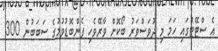
އެ ސްޓޭޓުގައި ހަމަ މި ދުވަސްވަރު ބޯކޮށް ވާރޭވެހި ފެންބޮޑުވުމުގެ ސަބަބުން 300